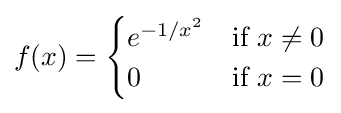
f(x)={\begin{cases}e^{-1/x^{2}}&{\text{if }}x\neq 0\\0&{\text{if }}x=0\end{cases}}